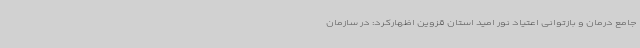
جامع درمان و بازتوانی اعتیاد نور امید استان قزوین اظهارکرد: در سازمان